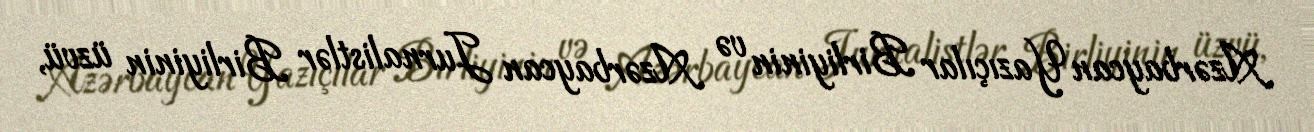
Azərbaycan Yazıçılar Birliyinin və Azərbaycan Jurnalistlər Birliyinin üzvü,